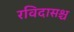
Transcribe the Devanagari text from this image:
रविदासश्च